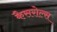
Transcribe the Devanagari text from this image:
कैसरोल्स